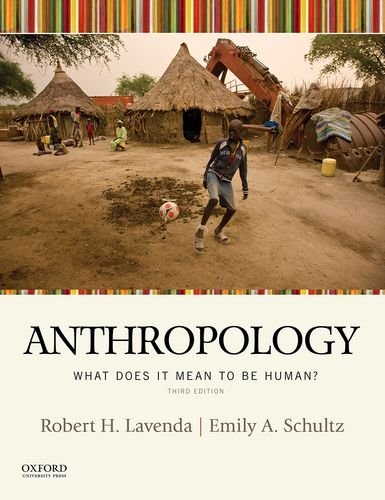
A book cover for Anthropology: What Does It Mean to be Human? 3rd edition; Robert H. Lavenda; Science & Math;